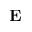
\mathbf { E }